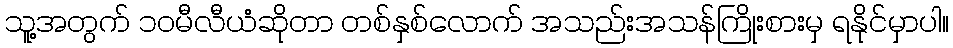
သူ့အတွက် ၁၀မီလီယံဆိုတာ တစ်နှစ်လောက် အသည်းအသန်ကြိုးစားမှ ရနိုင်မှာပါ။